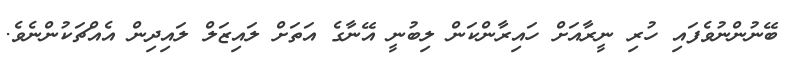
ބޭނުންނުވެފައި ހުރި ނީރާއަށް ހައިރާންކަން ލިބުނީ އޭނާގެ އަތަށް ލައިޒަލް ލައިދިން އެއްޗަކުންނެވެ.